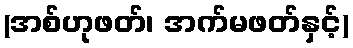
(အစ်ဟုဖတ်၊ အက်မဖတ်နှင့်)